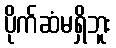
ပိုက်ဆံမရှိဘူး